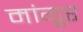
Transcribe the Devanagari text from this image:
मांगूर